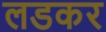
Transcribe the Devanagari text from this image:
लडकर